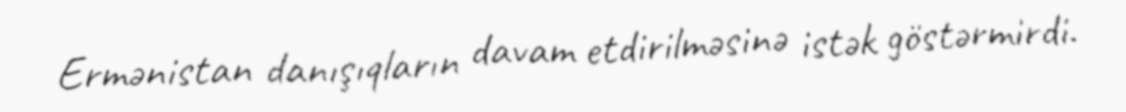
Ermənistan danışıqların davam etdirilməsinə istək göstərmirdi.